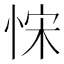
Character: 𢚗